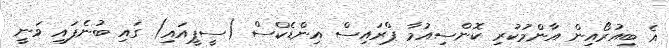
އެ ބިއުރޯއިން އާންމުކުރި ކޮންސިއުމާ ޕްރައިސް އިންޑެކްސް (ސީޕީއައި) ގައި ބުނެފައި ވަނީ